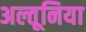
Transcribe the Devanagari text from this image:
अल्तूनिया